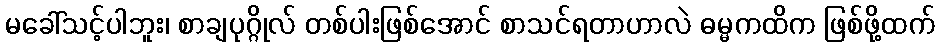
မခေါ်သင့်ပါဘူး၊ စာချပုဂ္ဂိုလ် တစ်ပါးဖြစ်အောင် စာသင်ရတာဟာလဲ ဓမ္မကထိက ဖြစ်ဖို့ထက်